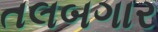
તલબગાર